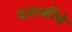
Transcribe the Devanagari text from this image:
दत्ताजींचे